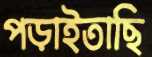
পড়াইতাছি